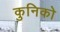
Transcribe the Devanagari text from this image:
कुनिको